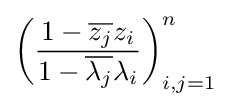
\left({\frac {1-{\overline {z_{j}}}z_{i}}{1-{\overline {\lambda _{j}}}\lambda _{i}}}\right)_{i,j=1}^{n}